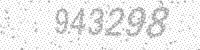
Solution: 943298